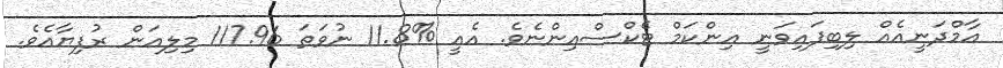
އާމްދަނީއެއް ލިބިފައިވަނީ އިންކަމް ޓެކްސްއިންނެވެ. އެއީ %11.8 ނުވަތަ 117.96 މިލިއަން ރުފިޔާއެވެ.